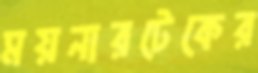
ময়নারটেকের